Indian journal of veterinary science and animal husbandry - Volume 10,
Year: 1940
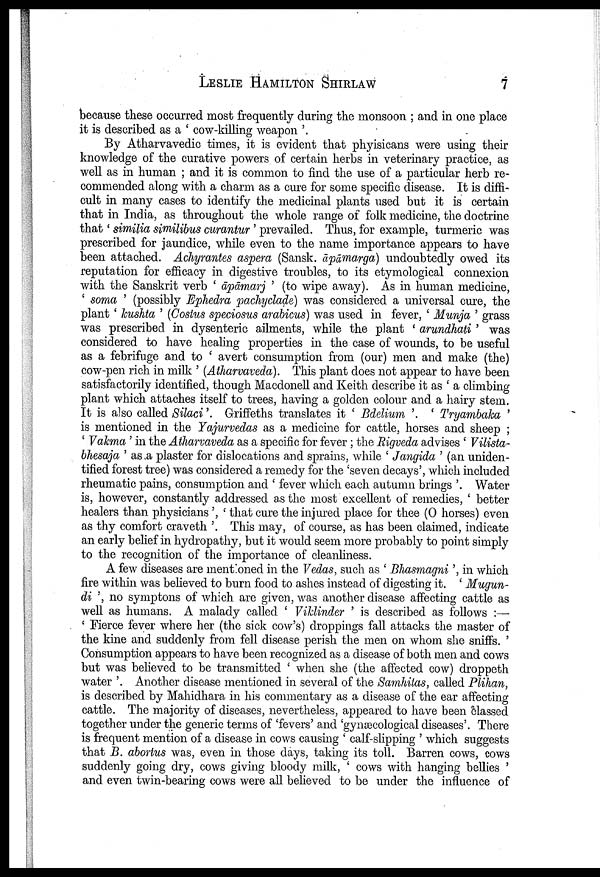
LESLIE HAMILTON SHIRLAW 7
because these occurred most frequently during the monsoon ; and in one place
it is described as a ' cow-killing weapon '.
By Atharvavedic times, it is evident that phyisicans were using their
knowledge of the curative powers of certain herbs in veterinary practice, as
well as in human ; and it is common to find the use of a particular herb re
commended along with a charm as a cure for some specific disease. It is diffi
cult in many cases to identify the medicinal plants used but it is certain
that in India, as throughout the whole range of folk medicine, the doctrine
that ' similia similibus curantur ' prevailed. Thus, for example, turmeric was
prescribed for jaundice, while even to the name importance appears to have
been attached. Achyrantes aspera (Sansk. āpāmarga) undoubtedly owed its
reputation for efficacy in digestive troubles, to its etymological connexion
with the Sanskrit verb ' āpāmarj ' (to wipe away). As in human medicine,
' soma ' (possibly Ephedra pachyclade) was considered a universal cure, the
plant ' kushta ' (Costus speciosus arabicus) was used in fever, ' Munja ' grass
was prescribed in dysenteric ailments, while the plant ' arundhati ' was
considered to have healing properties in the case of wounds, to be useful
as a febrifuge and to ' avert consumption from (our) men and make (the)
cow-pen rich in milk ' (Atharvaveda). This plant does not appear to have been
satisfactorily identified, though Macdonell and Keith describe it as ' a climbing
plant which attaches itself to trees, having a golden colour and a hairy stem.
It is also called Silaci '. Griffeths translates it ' Bdelium '. ' Tryambaka '
is mentioned in the Yajurvedas as a medicine for cattle, horses and sheep ;
' Vakma ' in the Atharvaveda as a specific for fever ; the Rigveda advises ' Vilista¬
bhesaja ' as a plaster for dislocations and sprains, while ' Jangida ' (an uniden
tified forest tree) was considered a remedy for the 'seven decays', which included
rheumatic pains, consumption and ' fever which each autumn brings '. Water
is, however, constantly addressed as the most excellent of remedies, ' better
healers than physicians', ' that cure the injured place for thee (O horses) even
as thy comfort craveth '. This may, of course, as has been claimed, indicate
an early belief in hydropathy, but it would seem more probably to point simply
to the recognition of the importance of cleanliness.
A few diseases are mentioned in the Vedas, such as ' Bhasmagni', in which
fire within was believed to burn food to ashes instead of digesting it. ' Mugun¬
di ', no symptons of which are given, was another disease affecting cattle as
well as humans. A malady called ' Viklinder ' is described as follows :—
' Fierce fever where her (the sick cow's) droppings fall attacks the master of
the kine and suddenly from fell disease perish the men on whom she sniffs. '
Consumption appears to have been recognized as a disease of both men and cows
but was believed to be transmitted ' when she (the affected cow) droppeth
water '. Another disease mentioned in several of the Samhitas, called Plihan,
is described by Mahidhara in his commentary as a disease of the ear affecting
cattle. The majority of diseases, nevertheless, appeared to have been classed
together under the generic terms of 'fevers' and 'gynæcological diseases'. There
is frequent mention of a disease in cows causing ' calf-slipping ' which suggests
that B. abortus was, even in those days, taking its toll. Barren cows, cows
suddenly going dry, cows giving bloody milk, ' cows with hanging bellies '
and even twin-bearing cows were all believed to be under the influence of